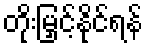
တိုးမြှင့်နိုင်ရန်